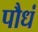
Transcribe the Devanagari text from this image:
पौधं